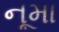
નૂમા